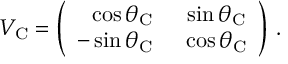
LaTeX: V _ { \mathrm { C } } = \left( \begin{array} { r c } { { \cos \theta _ { \mathrm { C } } } } & { { ~ \sin \theta _ { \mathrm { C } } } } \\ { { - \sin \theta _ { \mathrm { C } } } } & { { ~ \cos \theta _ { \mathrm { C } } } } \end{array} \right) \, .